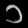
Digit: ၁